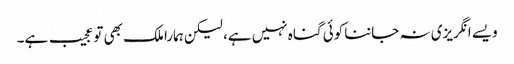
ویسے انگریزی نہ جاننا کوئی گناہ نہیں ہے، لیکن ہمارا ملک بھی تو عجیب ہے۔